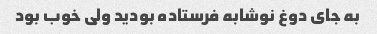
به جای دوغ نوشابه فرستاده بودید ولی خوب بود